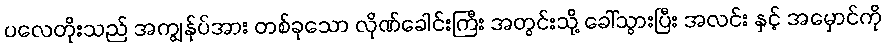
ပလေတိုးသည် အကျွန်ုပ်အား တစ်ခုသော လိုဏ်ခေါင်းကြီး အတွင်းသို့ ခေါ်သွားပြီး အလင်း နှင့် အမှောင်ကို